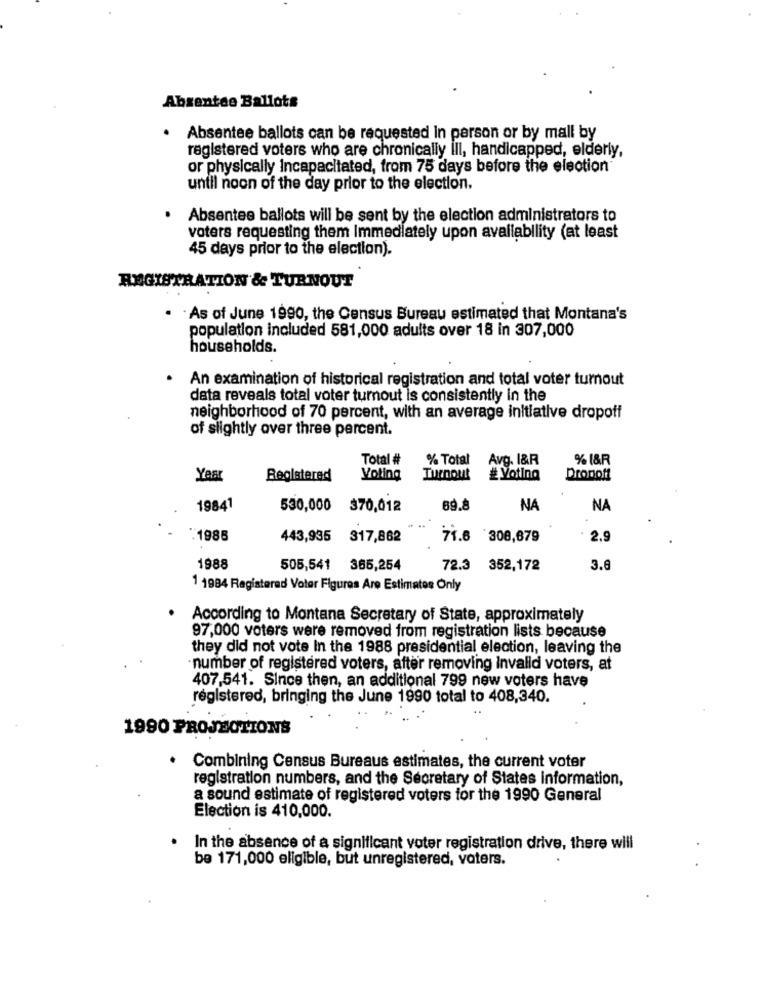
Absentee Ballots
.
Absentee ballots can be requested in person or by mall by
registered voters who are chronically ill, handicapped, elderly,
or physically Incapacitated, from 75 days before the election
until noon of the day prior to the election.
. Absentee ballots will be sent by the election administrators to
voters requesting them Immediately upon availability (at least
45 days prior to the election).
REGISTRATION & TURNOUT
As of June 1990, the Census Bureau estimated that Montana's
population included 581,000 adults over 18 in 307,000
households.
.
An examination of historical registration and total voter turnout
data reveals total voter turnout is consistently in the
neighborhood of 70 percent, with an average initiative dropoff
of slightly over three percent.
Total #
% Total
Avg. I&R
% 1&R
Year
Registered
Voting
Turnout
# Voting
Dropoff
19841
530,000
370,012
69.8
NA
NA
".1985
443,935
317,862
71.6 308,679
2.
1988
505,541 365,254
72.3
352,172
3.8
1 1984 Registered Votar Figures Are Estimates Only
According to Montana Secretary of State, approximately
97,000 voters were removed from registration lists because
they did not vote In the 1988 presidential election, leaving the
·number of registered voters, after removing invalid voters, at
407,541. Since then, an additional 799 new voters have
registered, bringing the June 1990 total to 408,340.
1990 PROJECTIONS
. Combining Census Bureaus estimates, the current voter
registration numbers, and the Secretary of States information,
a sound estimate of registered voters for the 1990 General
Election is 410,000.
In the absence of a significant voter registration drive, there will
be 171,000 eligible, but unregistered, voters.